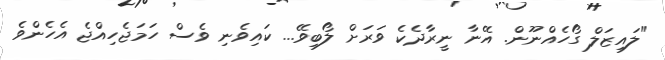
"ލައިޒަލް ގޯހެއްނޫން. އޭނާ ނީރާދެކެ ވަރަށް ލޯބިވޭ... ކައިވެނި ވެސް ހަމަޖެހިއްޖެ އެހެންވެ